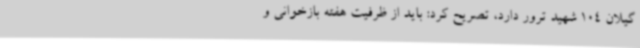
گیلان 104 شهید ترور دارد، تصریح کرد: باید از ظرفیت هفته بازخوانی و